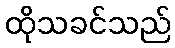
ထိုသခင်သည်